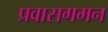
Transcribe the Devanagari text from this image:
प्रवासगमन